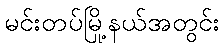
မင်းတပ်မြို့နယ်အတွင်း